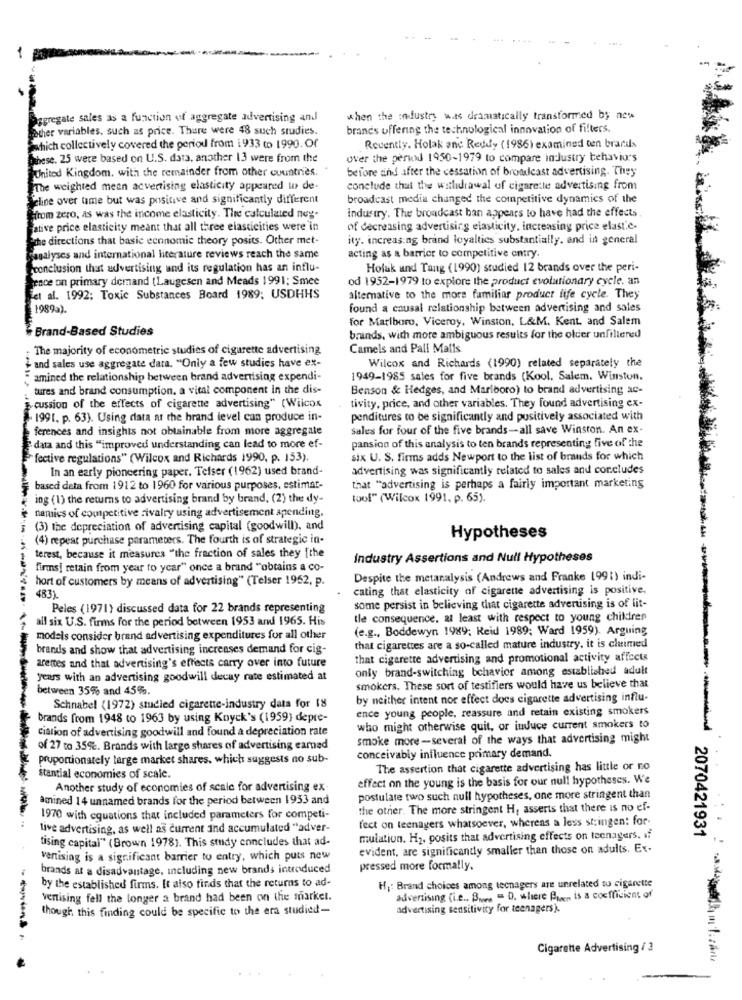
....
Aggregate sales as a function of aggregate advertising and
when the industry was dramatically transformed by acw
father variables, such as price. There were 48 such studies.
branes offering the technological innovation of filters.
which collectively covered the period from 1933 to 1990. Of
Recently. Holak ane Reddy (1986) examined ten brands
these. 25 were based on U.S. data, another 13 were from the
Over the period 1950-1979 to compare industry behaviors
United Kingdom, with the remainder from other countries.
before and after the cessation of broddleast advertising. They
The weighted mean acvertising elasticity appeared w de-
conclude that the walidrawal of cigarette advertising from
eline over ume but was positive and significantly different
broadcast media changed the competitive dynamics of the
From zero, as was the income elasticity. The calculated neg-
industry. The broadcast ban appears to have had the effects
ative price elasticity meant that all three elasticities were'in
of decreasing advertising elasticity, increasing price elast.c.
sthe directions that basic economic theory posits. Other met-
ity. increasing brand loyalties substantially. and in general
acting as a barrier to competitive entry.
ragalyses and international literature reviews reach the same
conclusion that advertising and its regulation has an influ-
Holak und Tang (1990) studied 12 brands over the peri-
gence on primary demand (Laugesen and Meads 1991; Smee
od 1952-1979 to explore the product evolutionary cycle. an
et al. 1992; Toxic Substances Board 1989; USDHHS
alternative to the more familiar product life cycle. They
1989).
found a causal relationship between advertising and sales
for Marlboro, Viceroy, Winston, L&M. Kent, and Salem
Brand-Based Studies
brands, with more ambiguous results for the older unfiltered
The majority of econometric studies of cigarette advertising
Camels and Pall Malls
and sales use aggregate data. "Only a few studies have ex-
Wilcox and Richards (1990) related separately the
amined the relationship between brand advertising expendi-
1949-1985 sales for five brands (Kool. Salem. Winston.
tures and brand consumption. a vital component In the dis-
Benson & Hedges, and Marlboro) to brand advertising ac-
cussion of the effects of cigarette advertising" (Wilcox
tivity, price, and other variables. They found advertising ex-
- 1991. p. 63). Using data at the brand level can produce in-
penditures to be significantly and positively associated with
ferences and insights not obtainable from more aggregate
sales for four of the five brands-all save Winston. An ex-
data and this "improved understanding can lead to more ef-
pansion of this analysis to ten brands representing five of the
" fective regulations" (Wilcox and Richards 1990, p. 153).
six U. S. firms adds Newport to the list of brands for which
In an early pioneering paper. Telser (1962) used brand-
advertising was significantly related to sales and concludes
based deta from 1912 to 1960 for various purposes, estimar-
that "advertising is perhaps a fairly important marketing
ing (1) the returns to advertising brand by brand, (2) the dy-
tool" (Wilcox 1991, p. 65).
namics of competitive rivalry using advertisement apending.
; (3) the depreciation of advertising capital (goodwill), and
(4) repeat purchase parameters. The fourth is of strategic in.
Hypotheses
terest, because it measures "the fraction of sales they [the
Industry Assertions and Null Hypotheses
firms] retain from year to ycar" once a brand "obtains a co-
hort of customers by means of advertising" (Telser 1962, p.
Despite the metanalysis (Andrews and Franke 1991) indi-
cating that elasticity of cigarette advertising is positive.
483)
Peles (1971) discussed data for 22 brands representing
some persist in believing that cigarette advertising is of lit-
all six U.S. firms for the period between 1953 and 1965. His
tle consequence, at least with respect to young children
(e.g ., Boddewyn 1989; Reid 1989; Ward 1959). Arguing
models consider brand advertising expenditures for all other
brands and show that advertising increases demand for cig-
that cigarettes are a so-called mature industry, it is claimed
that cigarette advertising and promotional activity affects
arettes and that advertising's effects carry over into future
only brand-switching behavior among established adult
years with an advertising goodwill decay rate estimated at
between 35% and 45%.
smokers. These sort of testifiers would have us believe that
by neither intent nor effect does cigarette advertising influ-
Schnabel (1972) studied cigarette-industry data for 18
ence young people, reassure and retain existing smokers
brands from 1948 to 1963 by using Knyck's (1959) depre-
ciation of advertising goodwill and found a depreciation rate
who might otherwise quit, or induce current smokers to
smoke more-several of the ways that advertising might
of 27 to 35%. Brands with large shares of advertising earned
proportionately large market shares, which suggests no sub-
conceivably influence primary demand.
The assertion that cigarette advertising has little or no
stantial economies of scale.
effect on the young is the basis for our null hypotheses. We
Another study of economies of scale for advertising ex-
amined 14 unnamed brands for the period between 1933 and
postulate two such null hypotheses, one more stringent than
the other. The more stringent H, asserts that there is no ef-
1970 with equations that included parameters for competi-
fect on teenagers whatsoever, whereas a less stringen: for-
live advertising, as well as current and accumulated "adver-
tising capital" (Brown 1978). This study enncludes that ad-
mulation. H2, posits that advertising effects on teenagers. if
2070421931
evident, are significandy smaller than those on adults. Ex-
vertising is a significant barrier to entry, which puts new
brands at a disadvantage, including new brands introduced
pressed more formally.
by the established firms. It also finds that the returns to ad-
Hj: Brand choices among tecnagers are unrelated to cigarette
vertising fell the longer a brand had been on the market.
advertising (i.e .. Bues = D. where Pier is a coefficient of
though this finding could be specific to the era studied-
advertising sensitivity for teenagers).
Cigarette Advertising / 3